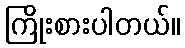
ကြိုးစားပါတယ်။